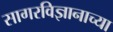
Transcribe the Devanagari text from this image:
सागरविज्ञानाच्या